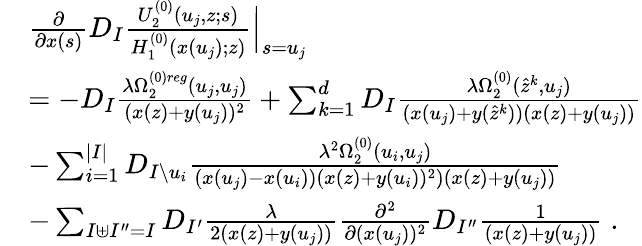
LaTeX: \begin{array}{rl}&{\frac{\partial}{\partial x(s)}D_{I}\frac{U_{2}^{(0)}(u_{j},z;s)}{H_{1}^{(0)}(x(u_{j});z)}\Big|_{s=u_{j}}}\\ &{=-D_{I}\frac{\lambda\Omega_{2}^{(0)reg}(u_{j},u_{j})}{(x(z)+y(u_{j}))^{2}}+\sum_{k=1}^{d}D_{I}\frac{\lambda\Omega_{2}^{(0)}(\hat{z}^{k},u_{j})}{(x(u_{j})+y(\hat{z}^{k}))(x(z)+y(u_{j}))}}\\ &{-\sum_{i=1}^{|I|}D_{I\setminus u_{i}}\frac{\lambda^{2}\Omega_{2}^{(0)}(u_{i},u_{j})}{(x(u_{j})-x(u_{i}))(x(z)+y(u_{i}))^{2})(x(z)+y(u_{j}))}}\\ &{-\sum_{I\uplus I^{\prime\prime}=I}D_{I^{\prime}}\frac{\lambda}{2(x(z)+y(u_{j}))}\frac{\partial^{2}}{\partial(x(u_{j}))^{2}}D_{I^{\prime\prime}}\frac{1}{(x(z)+y(u_{j}))}\; .}\end{array}